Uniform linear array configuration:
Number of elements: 64
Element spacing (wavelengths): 0.75
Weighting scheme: hamming
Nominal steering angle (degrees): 60
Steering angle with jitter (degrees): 61.664
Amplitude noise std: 0.05
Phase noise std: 0.05

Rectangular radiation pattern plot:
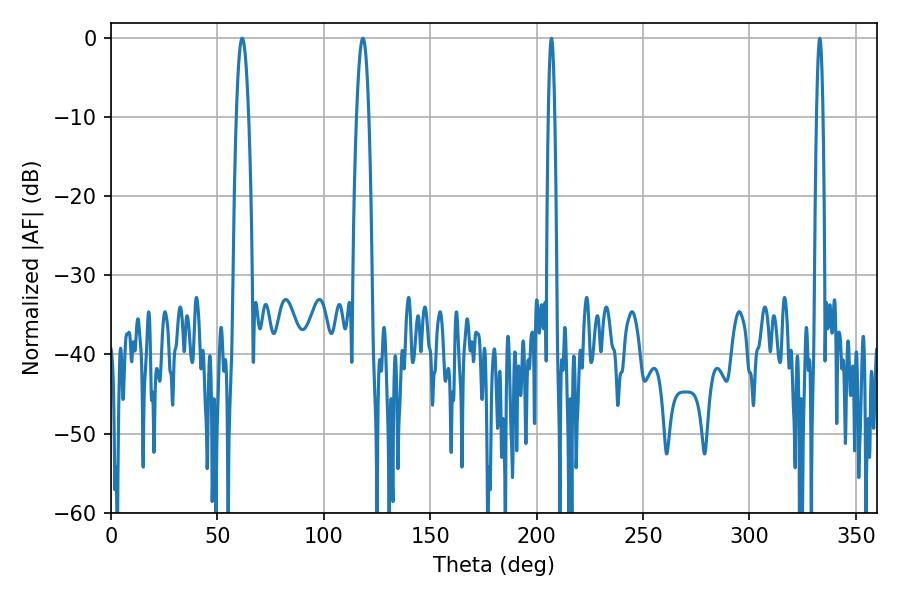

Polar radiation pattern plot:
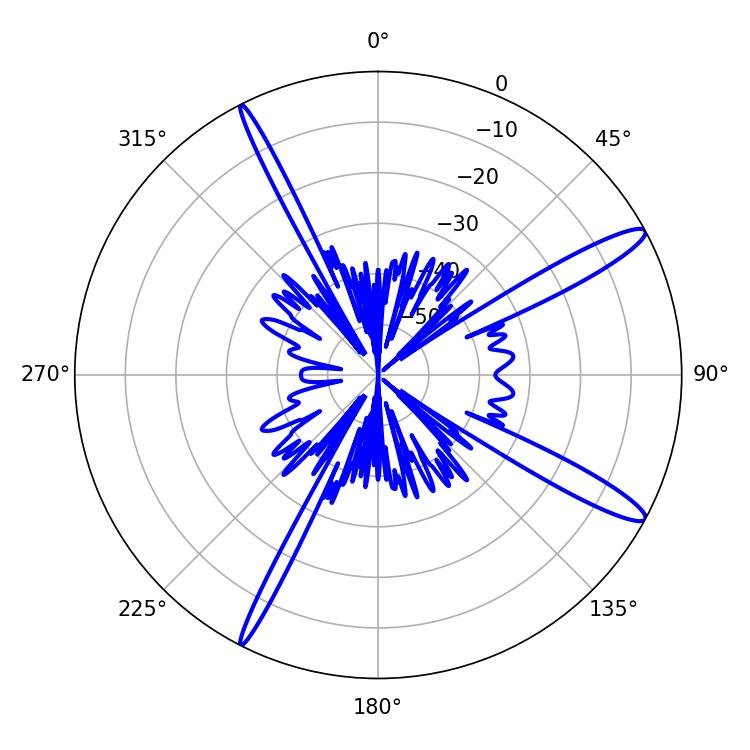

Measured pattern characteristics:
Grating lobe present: TRUE
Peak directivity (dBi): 14.108
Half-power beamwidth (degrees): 1.62
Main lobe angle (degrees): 207